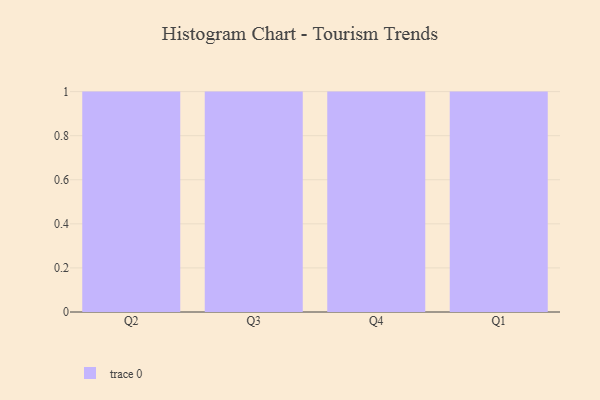
{"axis": {"x": "Quarter", "y": "Headcount"}, "legend": [""], "data": [{"x": "Q2", "y": 23, "type": ""}, {"x": "Q3", "y": 67, "type": ""}, {"x": "Q4", "y": 61, "type": ""}, {"x": "Q1", "y": 32, "type": ""}]}